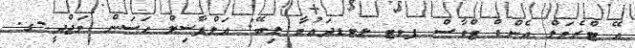
އޭ ޓްރެވަލް އެންޑް ޓްވާސް ޕވޓ ލޓޑދައުވާ ލިބޭ: އަލްފާޟިލް ޙަސަން މަޖްދީ-ގ.